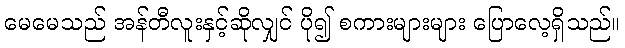
မေမေသည် အန်တီလူးနှင့်ဆိုလျှင် ပို၍ စကားများများ ပြောလေ့ရှိသည်။